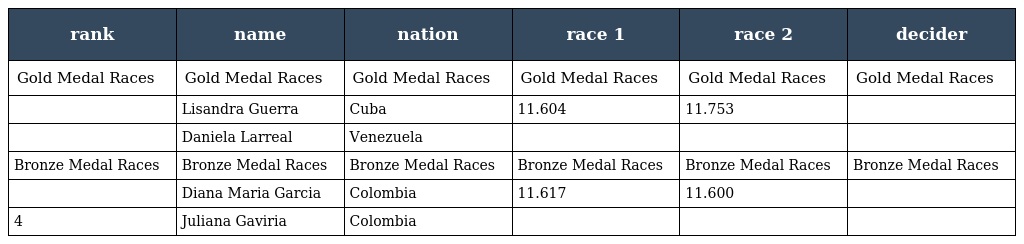
| rank | name | nation | race 1 | race 2 | decider |
 | --- | --- | --- | --- | --- | --- |
 | Gold Medal Races | Gold Medal Races | Gold Medal Races | Gold Medal Races | Gold Medal Races | Gold Medal Races |
 |  | Lisandra Guerra | Cuba | 11.604 | 11.753 |  |
 |  | Daniela Larreal | Venezuela |  |  |  |
 | Bronze Medal Races | Bronze Medal Races | Bronze Medal Races | Bronze Medal Races | Bronze Medal Races | Bronze Medal Races |
 |  | Diana Maria Garcia | Colombia | 11.617 | 11.600 |  |
 | 4 | Juliana Gaviria | Colombia |  |  |  |